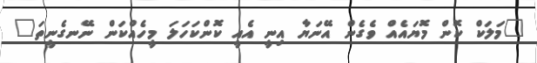
"މަލަކް ކޮން މޮޔައެއް ވެގެން އޭނަޔާ އިނީ އެއީ ކޮންކަހަލަ މީހެއްކަން ނޭނގެނީތަ"